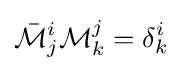
{\bar {\mathcal {M}}}_{j}^{i}{\mathcal {M}}_{k}^{j}=\delta _{k}^{i}